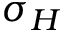
\sigma _ { H }